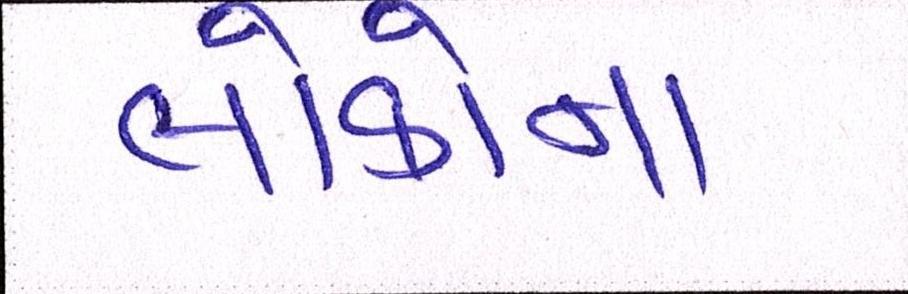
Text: લોકોના